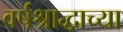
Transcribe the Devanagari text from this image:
वर्षश्राद्धाच्या